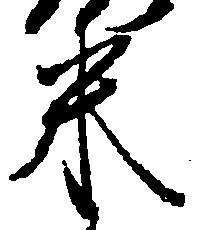
米